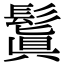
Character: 鬒